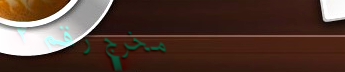
مخرج رقم ٢